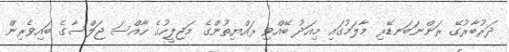
ދަރުބާރުގޭ ރަންނަބަނޑޭރި މާލަމުގައި މިއަދު ބޭއްވި ރައްޔިތުންގެ މަޖިލީހުގެ ހާއްސަ ޖަލްސާގެ ބައިވެރިން